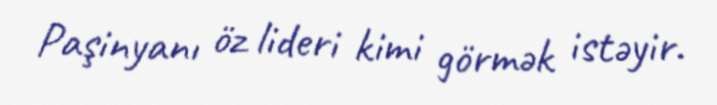
Paşinyanı öz lideri kimi görmək istəyir.